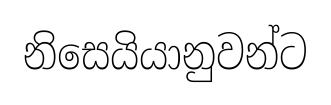
නිසෙයියානුවන්ට